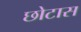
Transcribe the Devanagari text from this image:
छोटास